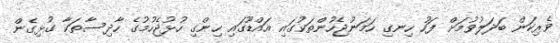
ވެރިކަން ބަދަލުވުމަށް ފަހު ހިނގި ހަމަނުޖެހުންތަކުގައި އައްޑޫގައި ހިންގި ހުޅުޖެހުމުގެ ހާދިސާތަކާ ގުޅިގެން